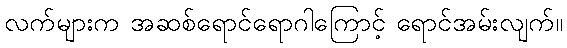
လက်များက အဆစ်ရောင်ရောဂါကြောင့် ရောင်အမ်းလျက်။